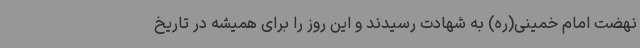
نهضت امام خمینی(ره) به شهادت رسیدند و این روز را برای همیشه در تاریخ